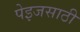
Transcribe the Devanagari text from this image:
पेइजसाठी